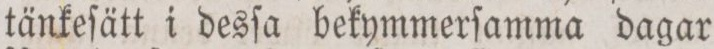
tänkeſätt i desſa bekymmerſamma dagar